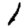
Digit: 1